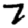
Digit: 7